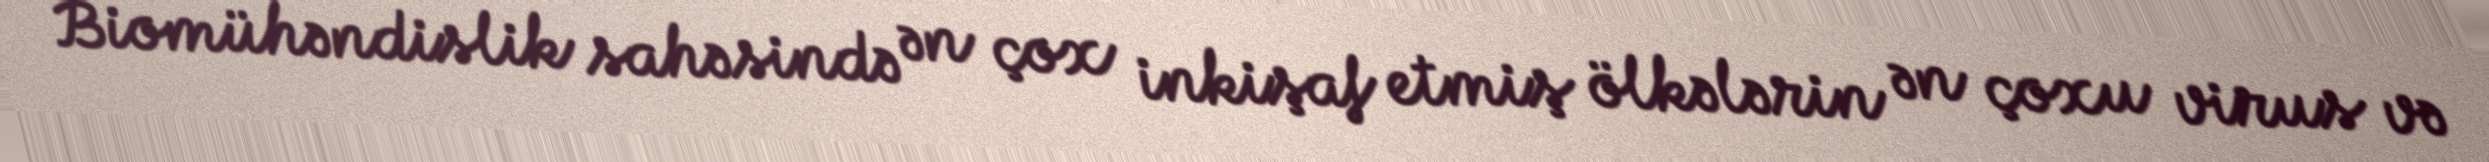
Biomühəndislik sahəsində ən çox inkişaf etmiş ölkələrin ən çoxu virus və